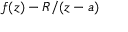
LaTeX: f ( z ) - R / ( z - a )